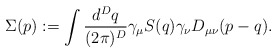
\begin{align*}\Sigma(p) := \int {d^Dq \over (2\pi)^D} \gamma_\mu S(q) \gamma_\nu D_{\mu\nu}(p-q). \end{align*}